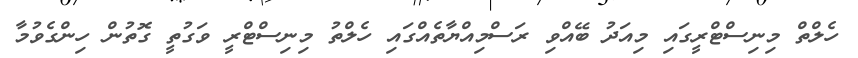
ހެލްތް މިނިސްޓްރީގައި މިއަދު ބޭއްވި ރަސްމިއްޔާތެއްގައި ހެލްތު މިނިސްޓްރީ ވަގުތީ ގޮތުން ހިންގެވުމާ